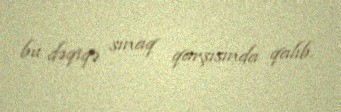
bu dəqiqə sınaq qarşısında qalıb.